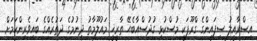
އިސްރާއީލު ސިފައިންގެ ގްރޫޕަކީ މުސްކުޅި ގުދުސްއާބެހޭ ތާރީޚީ މައުލޫމާތު ދިނުމުގެ ދަތުރެއްގެ ބައިވެރިންކަމަށް